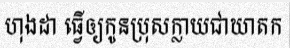
ហុងដា ធ្វើឲ្យកូនប្រុសក្លាយជាឃាតក